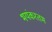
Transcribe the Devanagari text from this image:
भयंकरतम